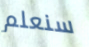
سنعلم